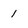
Character: 1